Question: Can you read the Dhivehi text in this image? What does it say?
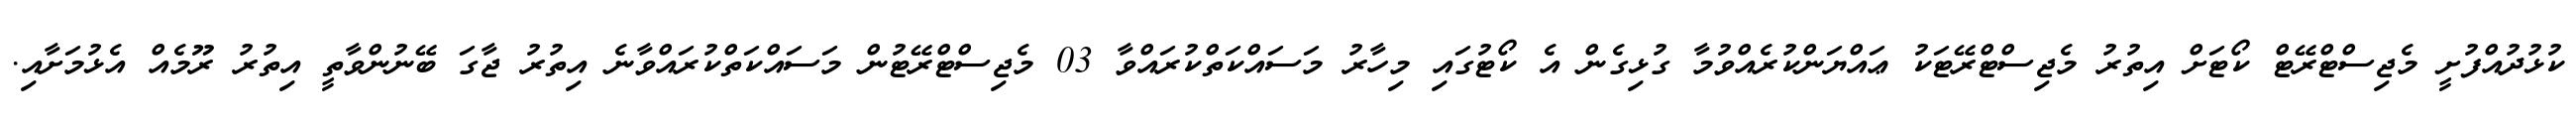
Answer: ކުޅުދުއްފުށީ މެޖިސްޓްރޭޓް ކޯޓަށް އިތުރު މެޖިސްޓްރޭޓަކު ޢައްޔަންކުރެއްވުމާ ގުޅިގެން އެ ކޯޓުގައި މިހާރު މަސައްކަތްކުރައްވާ 03 މެޖިސްޓްރޭޓުން މަސައްކަތްކުރައްވާނެ އިތުރު ޖާގަ ބޭނުންވާތީ އިތުރު ރޫމެއް އެޅުމަށާއި.